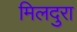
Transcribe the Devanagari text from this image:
मिलदुरा